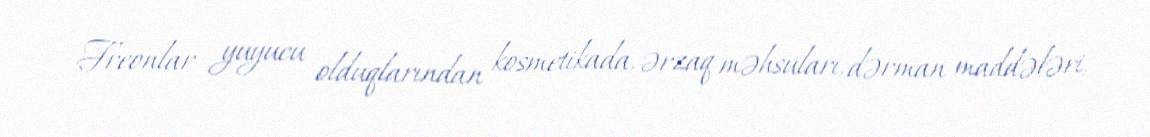
Freonlar yuyucu olduqlarından kosmetikada, ərzaq məhsuları, dərman maddələri,